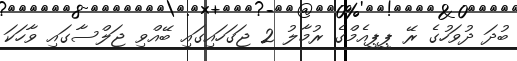
ބުދަ ދުވަހުގެ ރޭ ޕީޕީއެމްގެ ރުމާލު 2 ޖަގަހައިގައި ބޭއްވި ޖަލްސާގައި ވާހަކަ